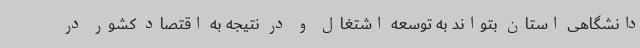
دانشگاهی استان بتواند به توسعه اشتغال و در نتیجه به اقتصاد کشور در